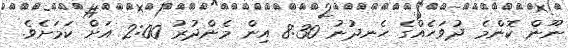
ނޫން ކޮންމެ ދުވަހެއްގެ ހެނދުނު 8:30 އިން މެންދުރު 2:00 އަށް ކަމަށެވެ.